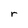
Character: r